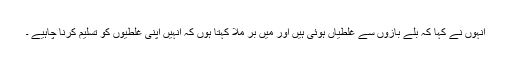
انہوں نے کہا کہ بلے بازوں سے غلطیاں ہوئی ہیں اور میں بر ملا کہتا ہوں کہ انہیں اپنی غلطیوں کو تسلیم کرنا چاہیے ۔